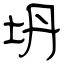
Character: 坍